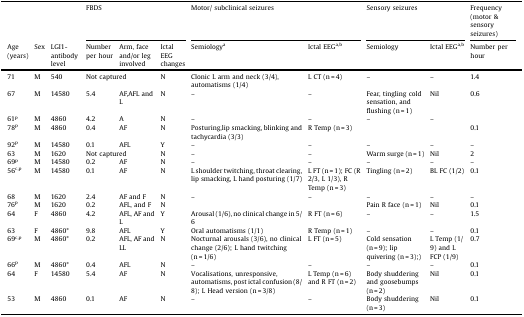
<table><thead><tr><td>[EMPTY_CELL]</td><td>[EMPTY_CELL]</td><td>[EMPTY_CELL]</td><td colspan="3"><b>FBDS</b></td><td colspan="2"><b>Motor/ subclinical seizures</b></td><td colspan="2"><b>Sensory seizures</b></td><td><b>Frequency (motor &amp; sensory seizures)</b></td></tr><tr><td><b>Age (years)</b></td><td><b>Sex</b></td><td><b>LGI1- antibody level</b></td><td><b>Number per hour</b></td><td><b>Arm, face and/or leg involved</b></td><td><b>Ictal EEG changes</b></td><td><b>Semiology<sup>a</sup></b></td><td><b>Ictal EEG<sup>a,b</sup></b></td><td><b>Semiology</b></td><td><b>Ictal EEG<sup>a,b</sup></b></td><td><b>Number per hour</b></td></tr></thead><tbody><tr><td>71</td><td>M</td><td>540</td><td colspan="2">Not captured</td><td>N</td><td>Clonic L arm and neck (3/4), automatisms (1/4)</td><td>L CT (n = 4)</td><td>–</td><td>–</td><td>1.4</td></tr><tr><td>67</td><td>M</td><td>14580</td><td>5.4</td><td>AF,AFL and L</td><td>N</td><td>–</td><td>–</td><td>Fear, tingling cold sensation, and flushing (n = 1)</td><td>Nil</td><td>0.6</td></tr><tr><td>61<sup>p</sup></td><td>M</td><td>4860</td><td>4.2</td><td>A</td><td>N</td><td>–</td><td>–</td><td>–</td><td>–</td><td>[EMPTY_CELL]</td></tr><tr><td>78<sup>p</sup></td><td>M</td><td>4860</td><td>0.4</td><td>AF</td><td>N</td><td>Posturing,lip smacking, blinking and tachycardia (3/3)</td><td>R Temp (n = 3)</td><td>[EMPTY_CELL]</td><td>[EMPTY_CELL]</td><td>0.1</td></tr><tr><td>92<sup>p</sup></td><td>M</td><td>14580</td><td>0.1</td><td>AFL</td><td>Y</td><td>–</td><td>–</td><td>–</td><td>–</td><td>–</td></tr><tr><td>63</td><td>M</td><td>1620</td><td colspan="2">Not captured</td><td>N</td><td>–</td><td>–</td><td>Warm surge (n = 1)</td><td>Nil</td><td>2</td></tr><tr><td>69<sup>p</sup></td><td>M</td><td>14580</td><td>0.2</td><td>AF</td><td>N</td><td>–</td><td>–</td><td>–</td><td>–</td><td>–</td></tr><tr><td>56<sup>c,p</sup></td><td>M</td><td>14580</td><td>0.1</td><td>AF</td><td>N</td><td>L shoulder twitching, throat clearing, lip smacking, L hand posturing (1/7)</td><td>L FT (n = 1); FC (R 2/3, L 1/3), R Temp (n = 3)</td><td>Tingling (n = 2)</td><td>BL FC (1/2)</td><td>0.1</td></tr><tr><td>68</td><td>M</td><td>1620</td><td>2.4</td><td>AF and F</td><td>N</td><td>–</td><td>–</td><td>–</td><td>–</td><td>–</td></tr><tr><td>76<sup>p</sup></td><td>M</td><td>1620</td><td>0.2</td><td>AFL, and F</td><td>N</td><td>[EMPTY_CELL]</td><td>[EMPTY_CELL]</td><td>Pain R face (n = 1)</td><td>Nil</td><td>0.1</td></tr><tr><td>64</td><td>F</td><td>4860</td><td>4.2</td><td>AFL, AF and L</td><td>Y</td><td>Arousal (1/6), no clinical change in 5/6</td><td>R FT (n = 6)</td><td>–</td><td>–</td><td>1.5</td></tr><tr><td>63</td><td>F</td><td>4860*</td><td>9.8</td><td>AFL</td><td>Y</td><td>Oral automatisms (1/1)</td><td>R Temp (n = 1)</td><td>–</td><td>–</td><td>0.1</td></tr><tr><td>69<sup>c,p</sup></td><td>M</td><td>4860*</td><td>0.2</td><td>AFL, AF and LL</td><td>N</td><td>Nocturnal arousals (3/6), no clinical change (2/6); L hand twitching (n = 1/6)</td><td>L FT (n = 5)</td><td>Cold sensation (n = 9); lip quivering (n = 3);)</td><td>L Temp (1/9) and L FCP (1/9)</td><td>0.7</td></tr><tr><td>66<sup>p</sup></td><td>M</td><td>4860*</td><td>0.4</td><td>AFL</td><td>N</td><td>–</td><td>–</td><td>–</td><td>–</td><td>0.1</td></tr><tr><td>64</td><td>F</td><td>14580</td><td>5.4</td><td>AF</td><td>N</td><td>Vocalisations, unresponsive, automatisms, post ictal confusion (8/8); L Head version (n = 3/8)</td><td>L Temp (n = 6) and R FT (n = 2)</td><td>Body shuddering and goosebumps (n = 2)</td><td>Nil</td><td>0.1</td></tr><tr><td>53</td><td>M</td><td>4860</td><td>0.1</td><td>AF</td><td>N</td><td>–</td><td>–</td><td>Body shuddering (n = 3)</td><td>Nil</td><td>0.1</td></tr></tbody></table>